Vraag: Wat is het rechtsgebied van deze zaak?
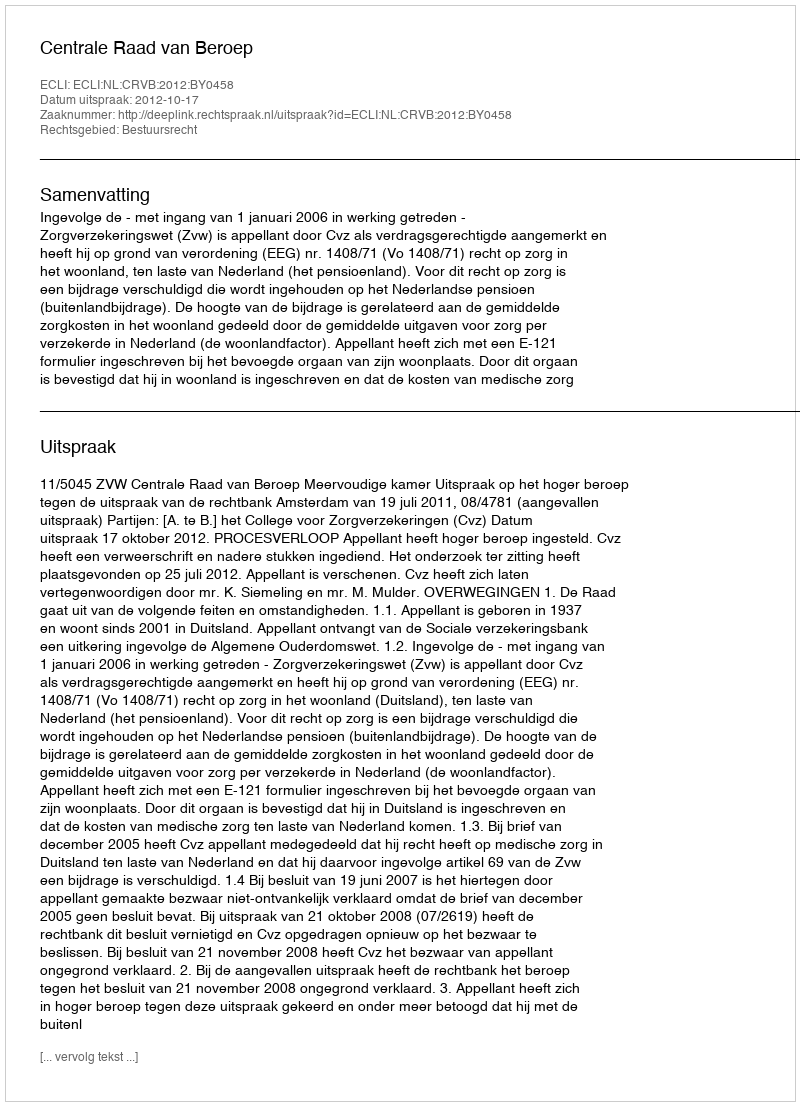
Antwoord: Bestuursrecht